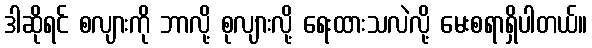
ဒါဆိုရင် စလျားကို ဘာလို့ စုလျားလို့ ရေးထားသလဲလို့ မေးစရာရှိပါတယ်။